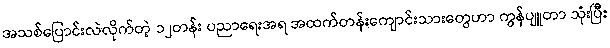
အသစ်ပြောင်းလဲလိုက်တဲ့ ၁၂တန်း ပညာရေးအရ အထက်တန်းကျောင်းသားတွေဟာ ကွန်ပျူတာ သုံးပြီး